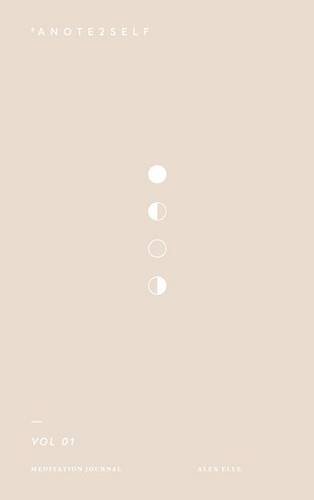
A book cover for #aNote2Self Meditation Journal Vol. 1; Alex Elle; Self-Help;